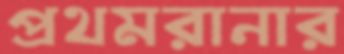
প্রথমরানার